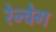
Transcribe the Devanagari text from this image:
रेन्वेग